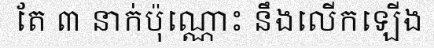
តែ ៣ នាក់ប៉ុណ្ណោះ នឹងលើកឡើង